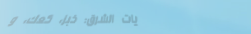
حلويات الشرق: خبز، كعك، و